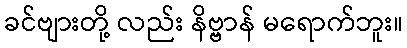
ခင်ဗျားတို့ လည်း နိဗ္ဗာန် မရောက်ဘူး။